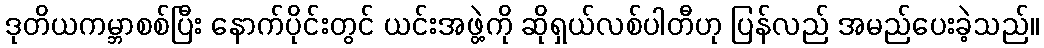
ဒုတိယကမ္ဘာစစ်ပြီး နောက်ပိုင်းတွင် ယင်းအဖွဲ့ကို ဆိုရှယ်လစ်ပါတီဟု ပြန်လည် အမည်ပေးခဲ့သည်။